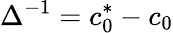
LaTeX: \Delta^{-1}=c_{0}^{*}-c_{0}